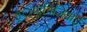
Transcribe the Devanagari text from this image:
ट््यूानिजियाई